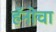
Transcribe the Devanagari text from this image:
हॅनोचा